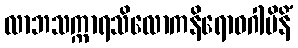
လာဘသက္ကာရသိလောကနိရောဓဂါမိနိံ